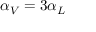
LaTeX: \alpha _ { V } = 3 \alpha _ { L }